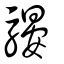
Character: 騴